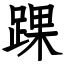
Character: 踝